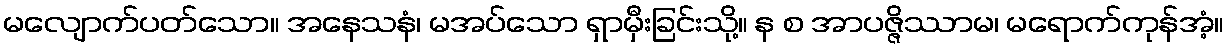
မလျောက်ပတ်သော။ အနေသနံ၊ မအပ်သော ရှာမှီးခြင်းသို့။ န စ အာပဇ္ဇိဿာမ၊ မရောက်ကုန်အံ့။